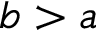
b > a